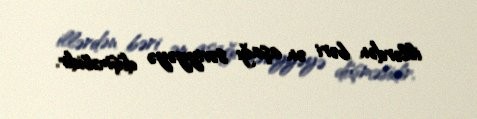
illərdən bəri ən aşağı səviyyəyə düşməsidir.